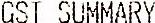
GST SUMMARY